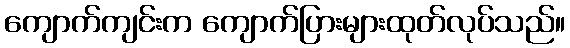
ကျောက်ကျင်းက ကျောက်ပြားများထုတ်လုပ်သည်။